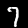
Digit: 7